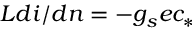
L d i / d n = - g _ { s } e c _ { * }